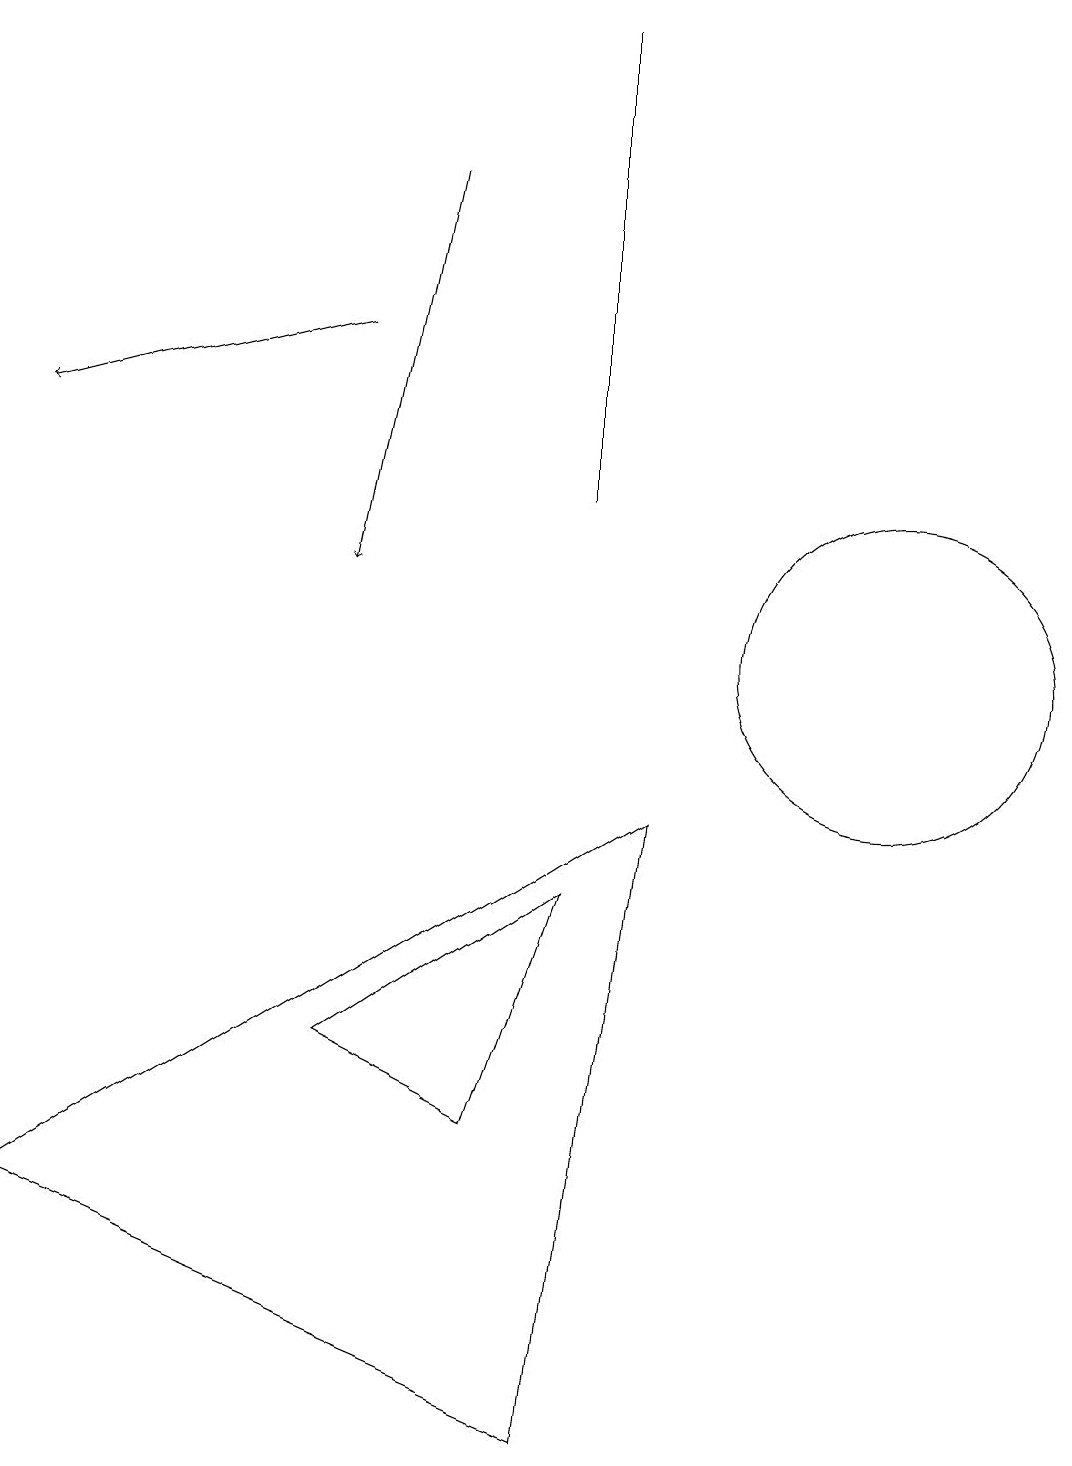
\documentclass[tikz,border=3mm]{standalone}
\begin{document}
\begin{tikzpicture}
\draw[->] (6,16) -- (5,11);
\draw (8,0) -- (1,3) -- (9,8) -- cycle;
\draw[->] (5,14) -- (1,13);
\draw (8,12) rectangle (8,18);
\draw (8,7) -- (7,4) -- (5,5) -- cycle;
\draw (12,10) circle (2);
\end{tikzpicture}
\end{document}